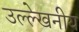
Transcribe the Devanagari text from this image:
उल्‍ल्‍ेखनीय